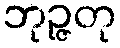
ဘုဉ္ဇတု